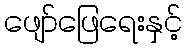
ဖျော်ဖြေရေးနှင့်